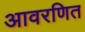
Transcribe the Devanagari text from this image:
आवरणित